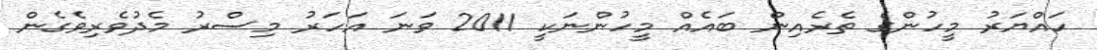
ހައްޔަރު މީހުންގެ ތެރެއިން ބައެއް މީހުންނަކީ 2011 ވަނަ އަހަރު މިސްރު މެދުވެރިވެގެން